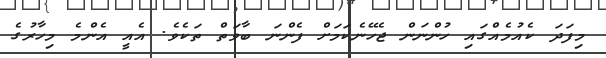
މިފަދަ ކެއުމެއްގައި ހުންނަން ޖެހޭނެކަމަށް ފެންނަ ބާވަތް ތަކެވެ. އެއީ އެންމެ މިހާރުގެ